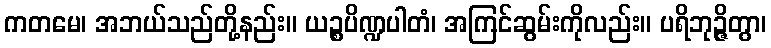
ကတမေ၊ အဘယ်သည်တို့နည်း။ ယဉ္စပိဏ္ဍပါတံ၊ အကြင်ဆွမ်းကိုလည်း။ ပရိဘုဉ္ဇိတွာ၊